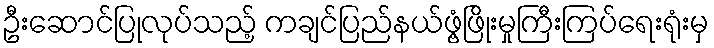
ဦးဆောင်ပြုလုပ်သည့် ကချင်ပြည်နယ်ဖွံ့ဖြိုးမှုကြီးကြပ်ရေးရုံးမှ